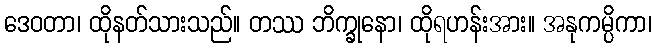
ဒေဝတာ၊ ထိုနတ်သားသည်။ တဿ ဘိက္ခုနော၊ ထိုရဟန်းအား။ အနုကမ္ပိကာ၊